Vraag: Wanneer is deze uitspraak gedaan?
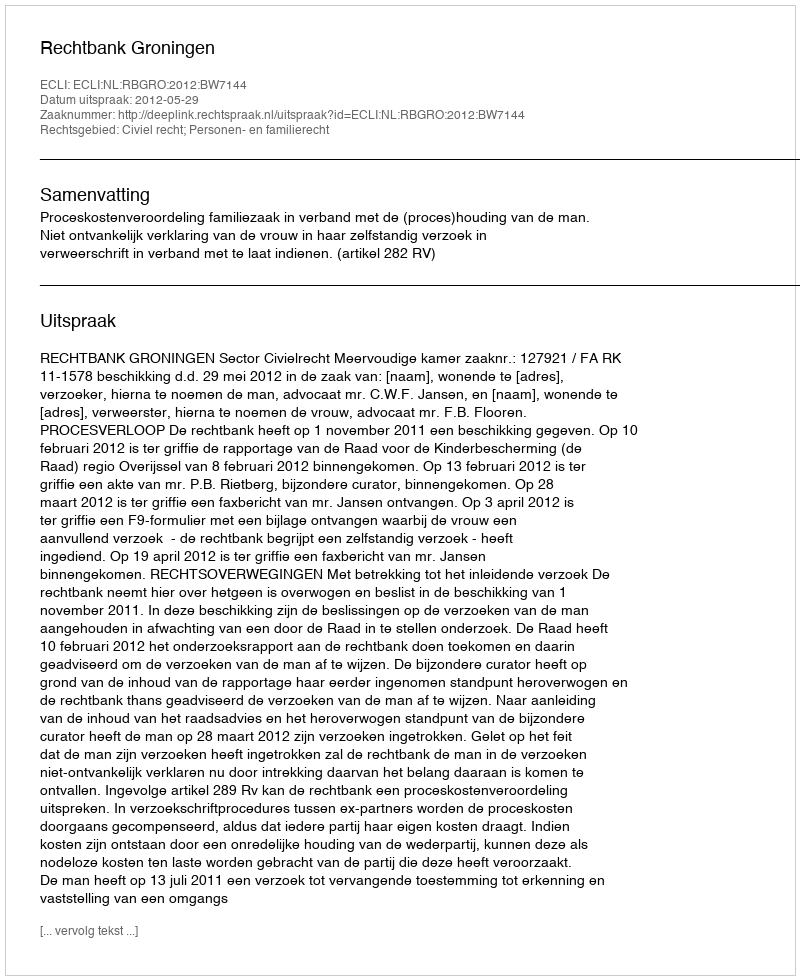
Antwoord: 2012-05-29